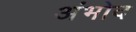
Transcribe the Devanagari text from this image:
अंभोद